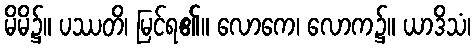
မိမိ၌။ ပဿတိ၊ မြင်ရ၏။ လောကေ၊ လောက၌။ ယာဒိသံ၊